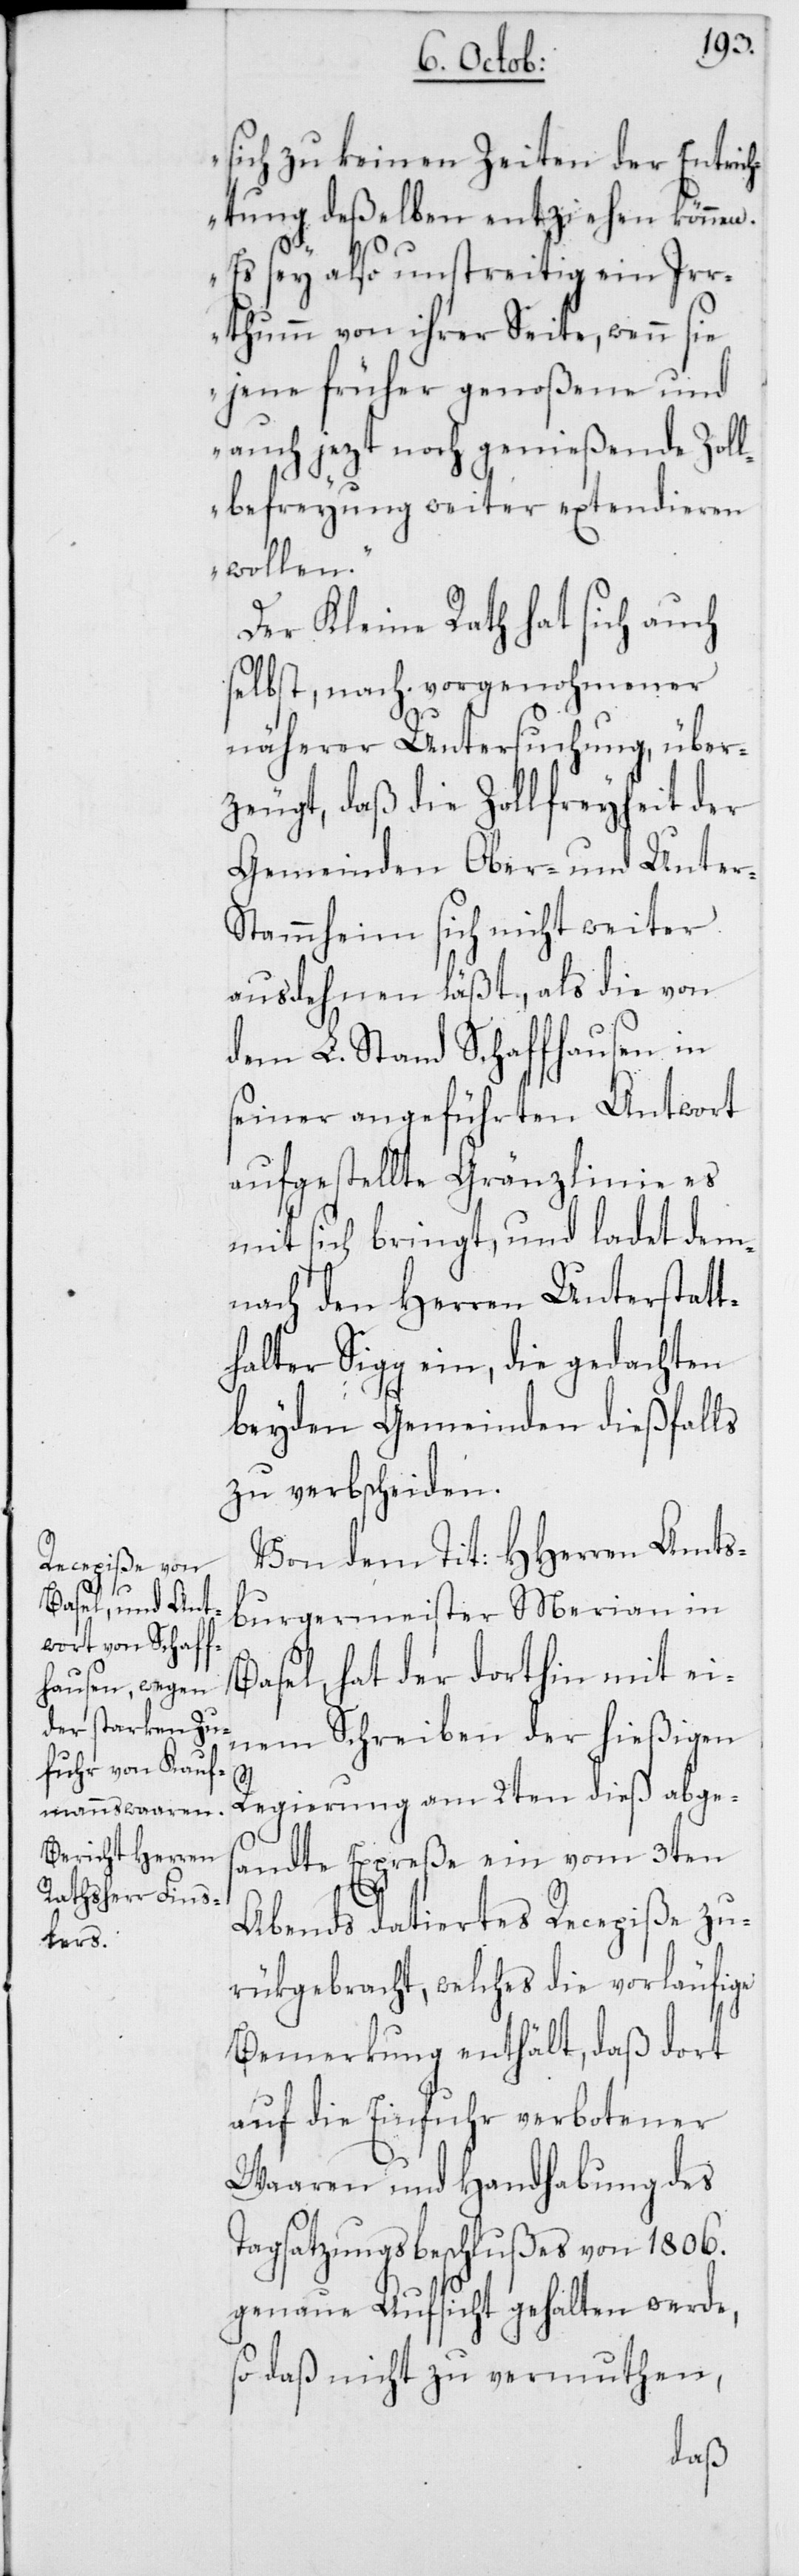
sich zu keinen Zeiten der Entrich¬
tung deßelben entziehen können.
Es sey also unstreitig ein Ir¬
rthum von ihrer Seite, wenn sie
jene früher genoßene und
auch jezt noch genießende Zoll¬
befreyung weiter extendieren
wollen“.
Der Kleine Rath hat sich auch
selbst, nach vorgenohmener
näherer Untersuchung, über¬
zeugt, daß die Zollfreyheit der
Gemeinden Ober- und Unter-S¬
tammheim sich nicht weiter
ausdehnen läßt, als die von
dem L. Stand Schaffhausen in
seiner angeführten Antwort
aufgestellte Gränzlinie es
mit sich bringt, und ladet dem¬
nach den Herren Unterstatt¬
halter Sigg ein, die gedachten
beyden Gemeinden dießfalls
zu verbscheiden.
Von dem Tit: HHerren Amts¬
burgermeister Merian in
Basel, hat der dorthin mit ei¬
nem Schreiben der hießigen
Regierung am 2ten dieß abge¬
sandte Expreße ein vom 3ten
Abends datiertes Recepiße zu¬
rükgebracht, welches die vorläufige
Bemerkung enthält, daß dort
auf die Einfuhr verbotener
Waaren und Handhabung des
Tagsatzungsbeschlußes von 1806.
genaue Aufsicht gehalten werde,
so daß nicht zu vermuthen,